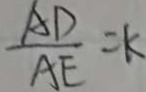
\frac { A D } { A E } = k